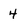
Character: 4